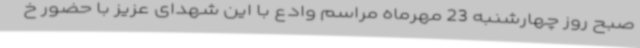
صبح روز چهارشنبه 23 مهرماه مراسم وادع با این شهدای عزیز با حضور خ